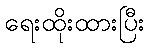
ရေးထိုးထားပြီး